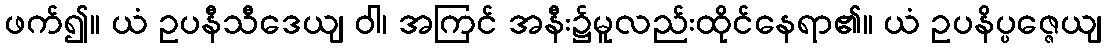
ဖက်၍။ ယံ ဥပနီသီဒေယျ ဝါ၊ အကြင် အနီး၌မူလည်းထိုင်နေရာ၏။ ယံ ဥပနိပ္ပဇ္ဇေယျ